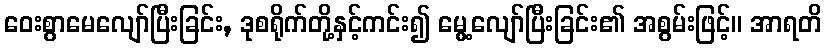
ဝေးစွာမေလျော်ပြီးခြင်း, ဒုစရိုက်တို့နှင့်ကင်း၍ မွေ့လျော်ပြီးခြင်း၏ အစွမ်းဖြင့်။ အာရတိ